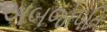
અબજોપતિ